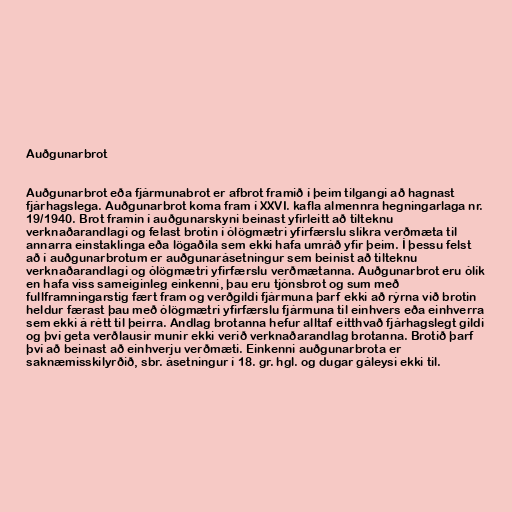
Auðgunarbrot

Auðgunarbrot eða fjármunabrot er afbrot framið í þeim tilgangi að hagnast
fjárhagslega. Auðgunarbrot koma fram í XXVI. kafla almennra hegningarlaga nr.
19/1940. Brot framin í auðgunarskyni beinast yfirleitt að tilteknu
verknaðarandlagi og felast brotin í ólögmætri yfirfærslu slíkra verðmæta til
annarra einstaklinga eða lögaðila sem ekki hafa umráð yfir þeim. Í þessu felst
að í auðgunarbrotum er auðgunarásetningur sem beinist að tilteknu
verknaðarandlagi og ólögmætri yfirfærslu verðmætanna. Auðgunarbrot eru ólík
en hafa viss sameiginleg einkenni, þau eru tjónsbrot og sum með
fullframningarstig fært fram og verðgildi fjármuna þarf ekki að rýrna við brotin
heldur færast þau með ólögmætri yfirfærslu fjármuna til einhvers eða einhverra
sem ekki á rétt til þeirra. Andlag brotanna hefur alltaf eitthvað fjárhagslegt gildi
og því geta verðlausir munir ekki verið verknaðarandlag brotanna. Brotið þarf
því að beinast að einhverju verðmæti. Einkenni auðgunarbrota er
saknæmisskilyrðið, sbr. ásetningur í 18. gr. hgl. og dugar gáleysi ekki til.